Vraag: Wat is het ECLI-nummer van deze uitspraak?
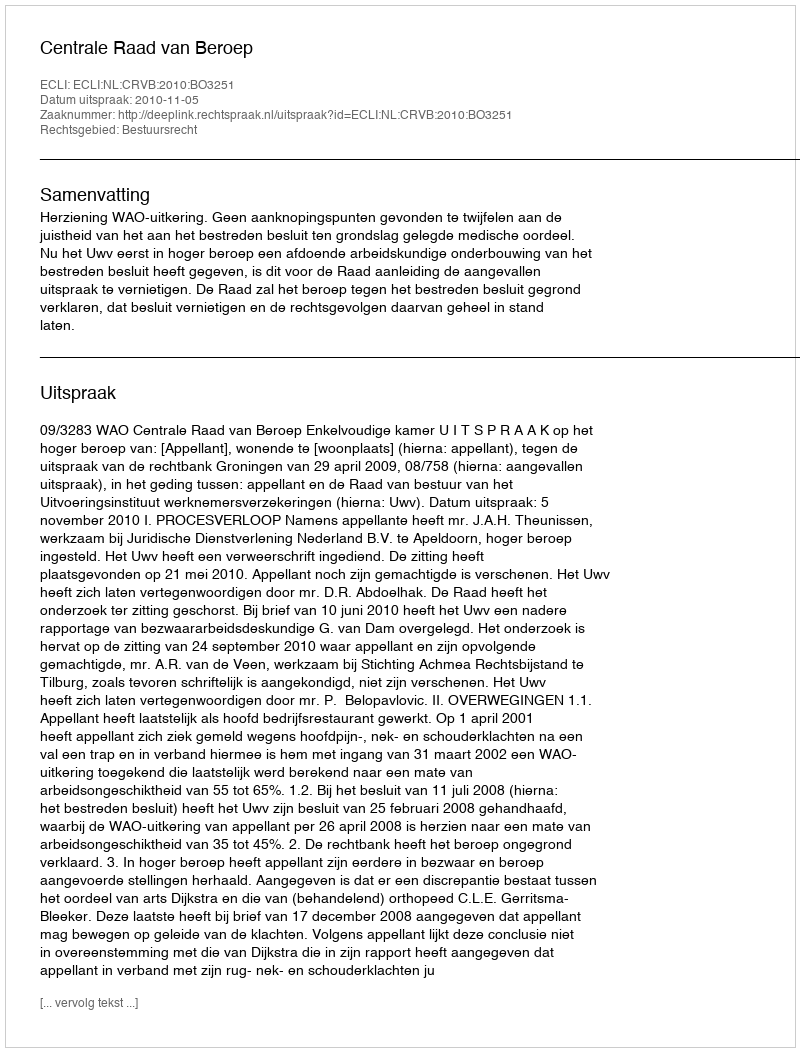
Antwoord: ECLI:NL:CRVB:2010:BO3251